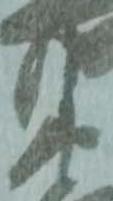
衛